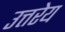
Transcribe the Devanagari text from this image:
उत्तरेय